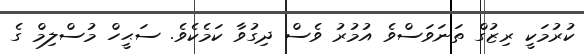
ކުރުމަކީ ރިޒުގް ތަނަވަސްވެ އުމުރު ވެސް ދިގުވާ ކަމެކެވެ. ސަޙީހް މުސްލިމް ގެ